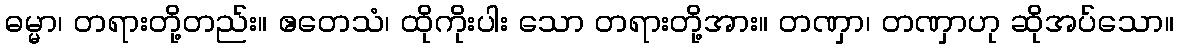
ဓမ္မာ၊ တရားတို့တည်း။ ဧတေသံ၊ ထိုကိုးပါး သော တရားတို့အား။ တဏှာ၊ တဏှာဟု ဆိုအပ်သော။